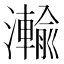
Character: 瀭